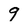
Character: 9